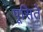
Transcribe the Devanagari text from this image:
पूसिते